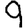
Digit: 9